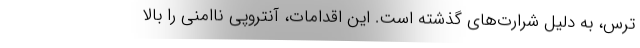
ترس، به دلیل شرارت‌های گذشته است. این اقدامات، آنتروپی ناامنی را بالا